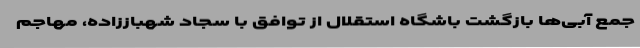
جمع آبی‌ها بازگشت باشگاه استقلال از توافق با سجاد شهباززاده، مهاجم